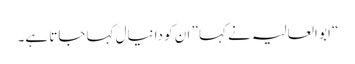
“ ابو العالیہ نے کہا ” ان کو دانیال کہا جاتا ہے۔